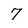
Character: 7